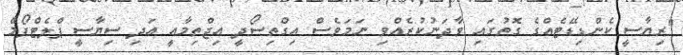
"ރިޔާސީ ކެންޑިޑޭޓެއްގެ ގޮތުގައި ވާދަނުކުރެއްވި ނަމަވެސް އިގްތިސޯދީ އިޖްތިމާއީ އަދި ސިޔާސީ ޕްލެޓްފޯމް